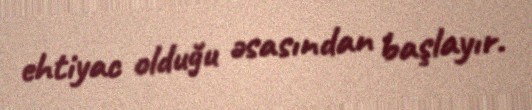
ehtiyac olduğu əsasından başlayır.